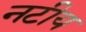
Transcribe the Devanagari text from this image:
नटीय